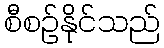
စီစဉ်နိုင်သည်